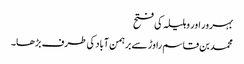
بہرور اور وہلیلہ کی فتح
محمد بن قاسم راوڑ سے برہمن آباد کی طرف بڑھا۔